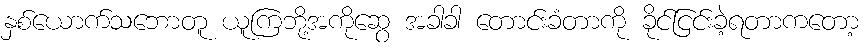
နှစ်ယောက်သဘောတူ ယူကြဘို့အကိုဆွေ အခါခါ တောင်းခံတာကို ခိုင်ငြင်းခဲ့ရတာကတော့